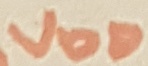
Text: VDD